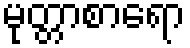
မုတ္တာစာရော